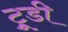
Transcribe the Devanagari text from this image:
ट्रूडी